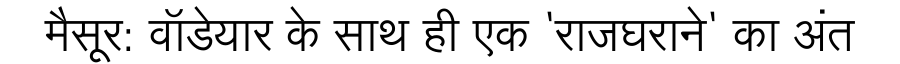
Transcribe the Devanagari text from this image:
मैसूर: वॉडेयार के साथ ही एक 'राजघराने' का अंत